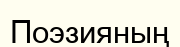
Поэзияның